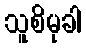
သူစိမုခါ